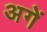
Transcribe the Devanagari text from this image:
अगें